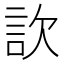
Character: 䚿